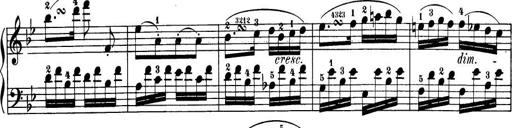
Title: 32 Sonatinas and Rondos for the Piano
Composer: Richard Kleinmichel